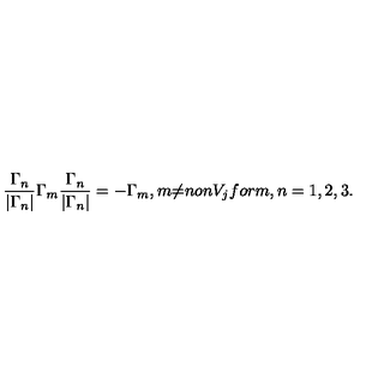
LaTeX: \frac { { \Gamma } _ { n } } { | { \Gamma } _ { n } | } { \Gamma } _ { m } \frac { { \Gamma } _ { n } } { | { \Gamma } _ { n } | } = - { \Gamma } _ { m } , m { \neq } n o n V _ { j } f o r m , n = 1 , 2 , 3 .